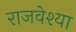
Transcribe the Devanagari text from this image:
राजवेश्या